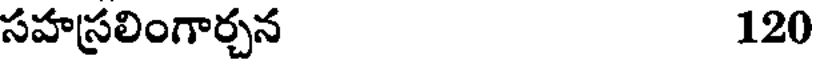
సహస్రలింగార్చన 120